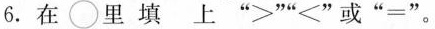
6.在里填上”>””<”或” =”。